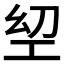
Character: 𢀟